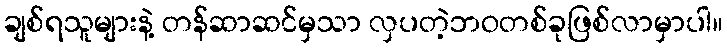
ချစ်ရသူများနဲ့ တန်ဆာဆင်မှသာ လှပတဲ့ဘဝတစ်ခုဖြစ်လာမှာပါ။